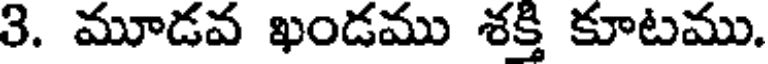
3. మూడవ ఖండము శక్తి కూటము.